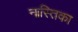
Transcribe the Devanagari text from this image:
नास्तिका